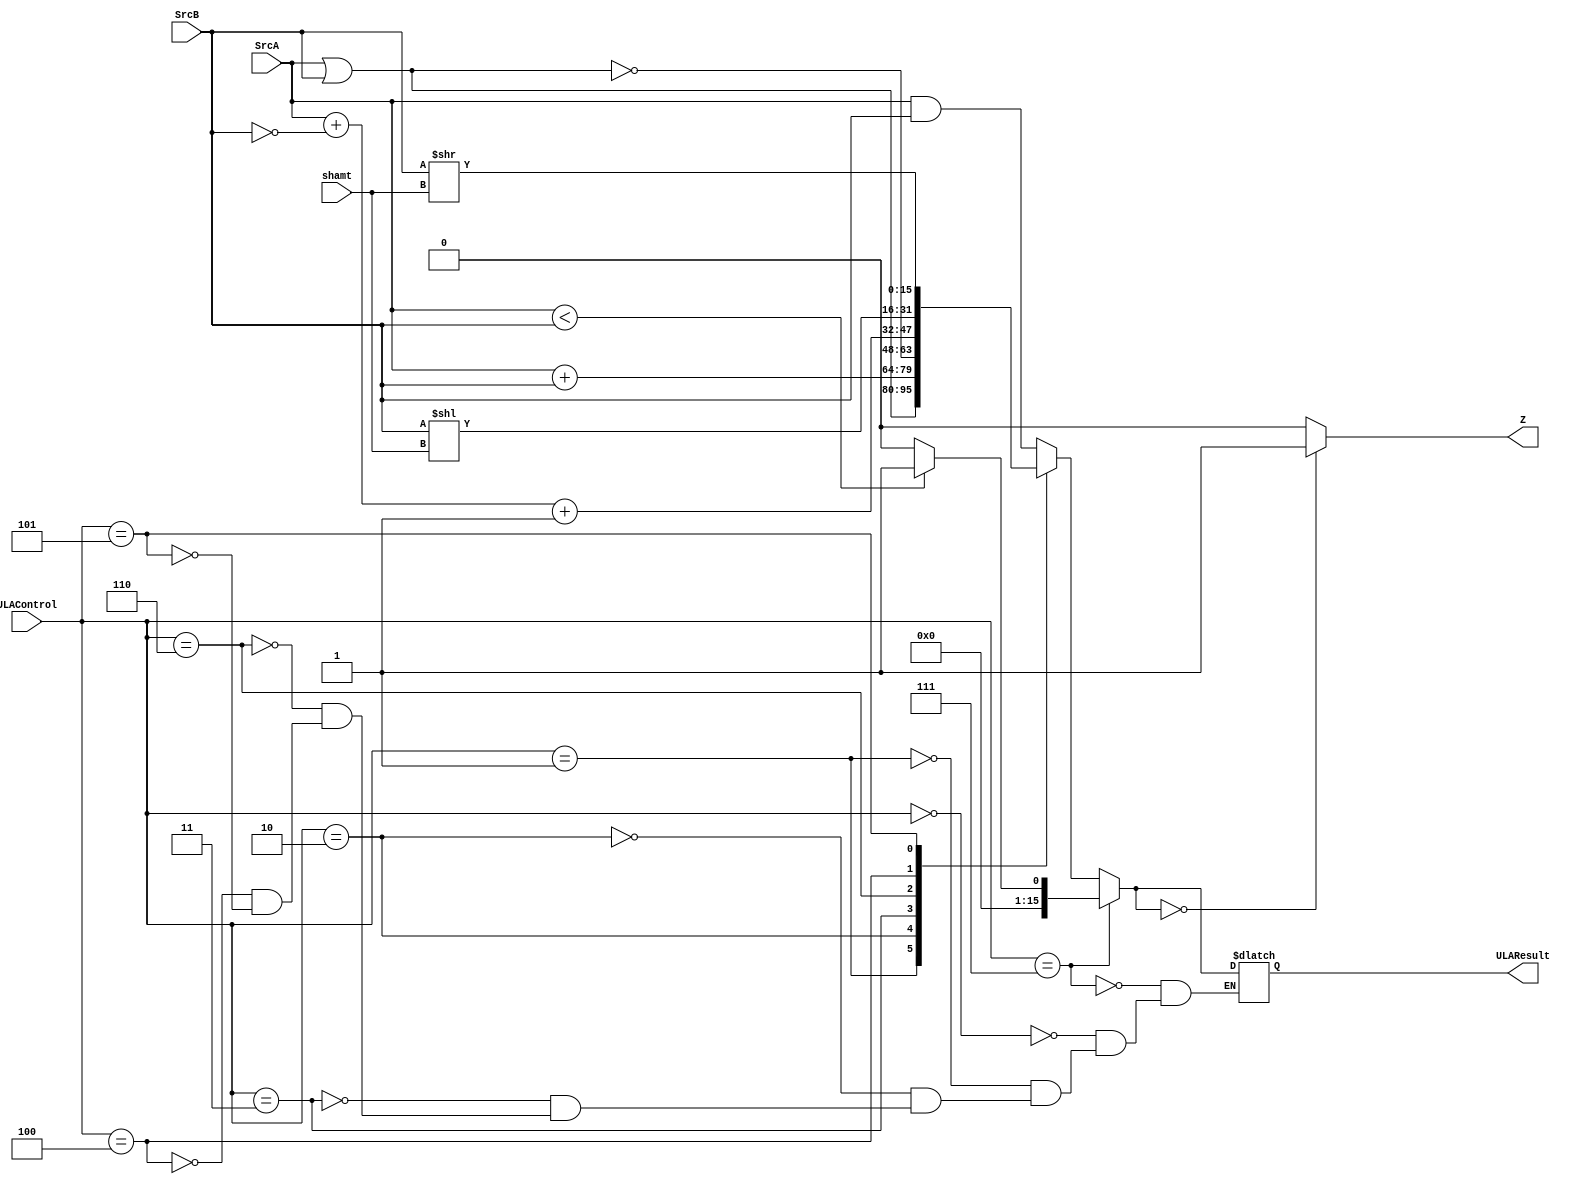
module ULA(
input [15:0] SrcA,SrcB,
input [2:0] ULAControl,
input [4:0] shamt,
output reg Z,
output reg [15:0] ULAResult
);

always @(*)
begin
	case(ULAControl)
		3'b000 :  ULAResult = SrcA & SrcB;
		3'b001 :  ULAResult = SrcA | SrcB;
		3'b010 :  ULAResult = SrcA + SrcB;
		3'b011 :  ULAResult = ~(SrcA | SrcB);
		3'b110 :  ULAResult = SrcA + ~SrcB + 1;
		3'b100 :  ULAResult = SrcB << shamt;
		3'b101 :  ULAResult = SrcB >> shamt;  
		
	endcase
	
	if ( ULAControl == 3'b111)
	begin
		if( SrcA < SrcB)
			ULAResult = 1;
		else
			ULAResult = 0;
	end
	
	
	if(ULAResult == 0)
		Z = 1;
	else
		Z = 0; 

end
endmodule